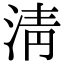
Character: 淸